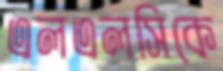
এলএলসিকে